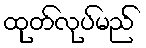
ထုတ်လုပ်မည်